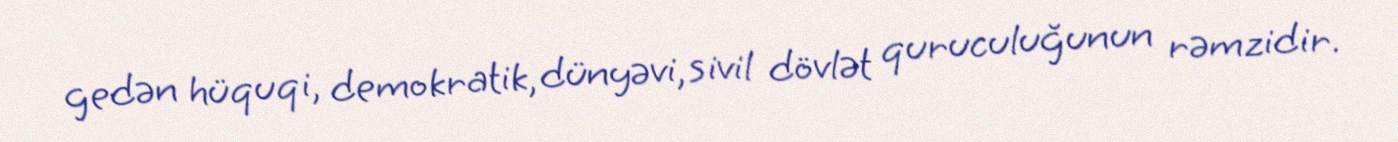
gedən hüquqi, demokratik, dünyəvi, sivil dövlət quruculuğunun rəmzidir.